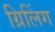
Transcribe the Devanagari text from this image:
ग्रिलिंग